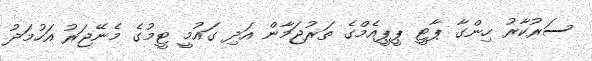
ސަރުކާރު ހިންގާ ޕާޓީ ޕީޕީއެމްގެ ތަރުޖަމާން އަދި ގައުމީ ޓީމުގެ މެނޭޖަރު އަހުމަދު